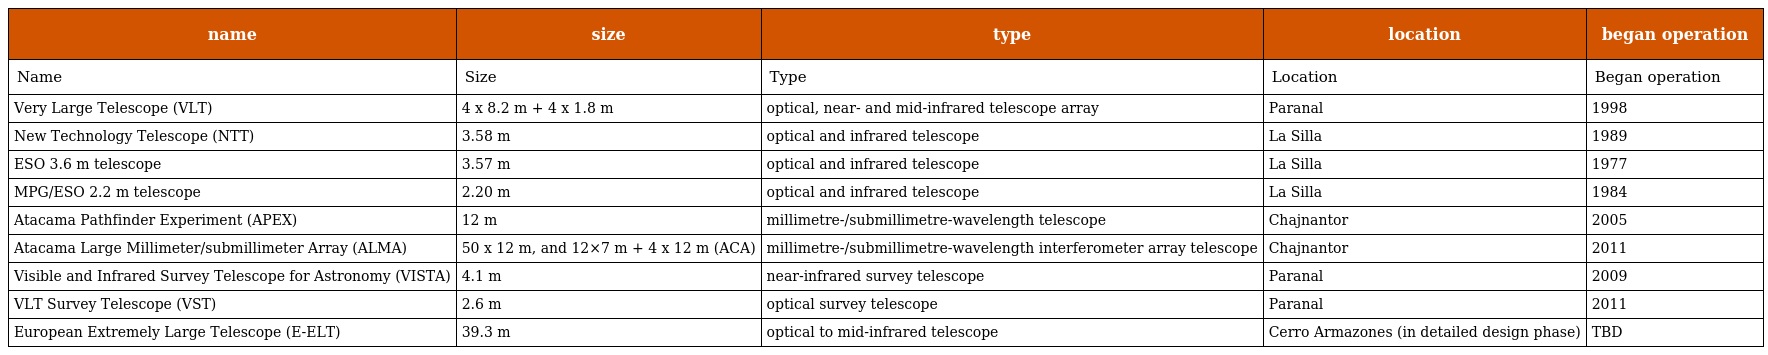
| name | size | type | location | began operation |
 | --- | --- | --- | --- | --- |
 | Name | Size | Type | Location | Began operation |
 | Very Large Telescope (VLT) | 4 x 8.2 m + 4 x 1.8 m | optical, near- and mid-infrared telescope array | Paranal | 1998 |
 | New Technology Telescope (NTT) | 3.58 m | optical and infrared telescope | La Silla | 1989 |
 | ESO 3.6 m telescope | 3.57 m | optical and infrared telescope | La Silla | 1977 |
 | MPG/ESO 2.2 m telescope | 2.20 m | optical and infrared telescope | La Silla | 1984 |
 | Atacama Pathfinder Experiment (APEX) | 12 m | millimetre-/submillimetre-wavelength telescope | Chajnantor | 2005 |
 | Atacama Large Millimeter/submillimeter Array (ALMA) | 50 x 12 m, and 12×7 m + 4 x 12 m (ACA) | millimetre-/submillimetre-wavelength interferometer array telescope | Chajnantor | 2011 |
 | Visible and Infrared Survey Telescope for Astronomy (VISTA) | 4.1 m | near-infrared survey telescope | Paranal | 2009 |
 | VLT Survey Telescope (VST) | 2.6 m | optical survey telescope | Paranal | 2011 |
 | European Extremely Large Telescope (E-ELT) | 39.3 m | optical to mid-infrared telescope | Cerro Armazones (in detailed design phase) | TBD |